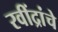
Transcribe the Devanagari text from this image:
रवींद्रांचे